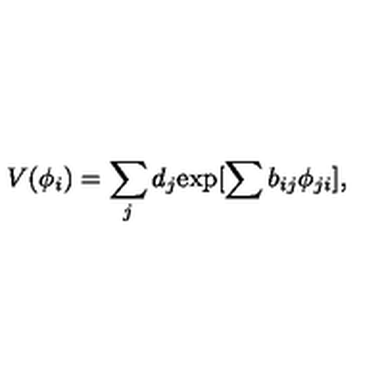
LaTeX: V ( \phi _ { i } ) = \sum _ { j } d _ { j } { \exp [ \sum b _ { i j } \phi _ { j i } ] } ,